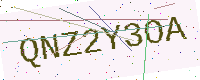
Text: QNZ2Y3OA